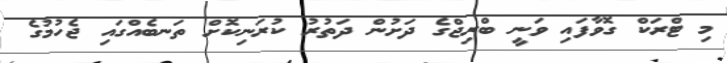
މި ޓްރަކް ގޮވާފައި ވަނީ ބްރިޖްގެ ދަށުން ދަތުރު ކުރަނިކޮށް ތަނބެއްގައި ޖެހުމުގެ